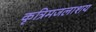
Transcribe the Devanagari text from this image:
कृत्रिमजलाशय